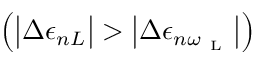
\left( \big | \Delta \epsilon _ { n L } \big | > \big | \Delta \epsilon _ { n \omega _ { \mathrm { ~ L ~ } } } \big | \right)